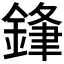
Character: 𮢢